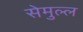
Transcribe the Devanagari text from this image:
सेमुल्ल